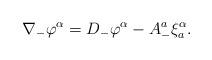
LaTeX: \begin{align*}\nabla_- \varphi^\alpha = D_- \varphi^\alpha -A_{-}^a \xi^{\alpha}_{a} .\end{align*}